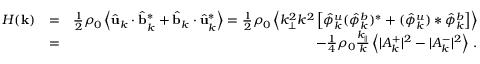
\begin{array} { r l r } { H ( { \bf k } ) } & { = } & { \frac { 1 } { 2 } \rho _ { 0 } \left\langle \hat { \bf u } _ { k } \cdot \hat { \bf b } _ { k } ^ { * } + \hat { \bf b } _ { k } \cdot \hat { \bf u } _ { k } ^ { * } \right\rangle = \frac { 1 } { 2 } \rho _ { 0 } \left\langle k _ { \perp } ^ { 2 } k ^ { 2 } \left[ \hat { \phi } _ { k } ^ { u } ( \hat { \phi } _ { k } ^ { b } ) ^ { * } + ( \hat { \phi } _ { k } ^ { u } ) * \hat { \phi } _ { k } ^ { b } \right] \right\rangle } \\ & { = } & { - \frac { 1 } { 4 } \rho _ { 0 } \frac { k _ { \parallel } } { k } \left\langle \vert A _ { k } ^ { + } \vert ^ { 2 } - \vert A _ { k } ^ { - } \vert ^ { 2 } \right\rangle \, . } \end{array}